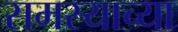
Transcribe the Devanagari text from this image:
समस्याच्या